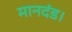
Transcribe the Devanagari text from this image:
मानदंड।